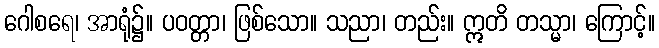
ဂေါစရေ၊ အာရုံ၌။ ပဝတ္တာ၊ ဖြစ်သော။ သညာ၊ တည်း။ ဣတိ တသ္မာ၊ ကြောင့်။